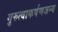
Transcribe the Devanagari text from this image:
गुरुत्वाकर्षणजन्य